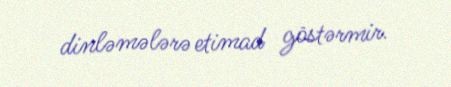
dinləmələrə etimad göstərmir.